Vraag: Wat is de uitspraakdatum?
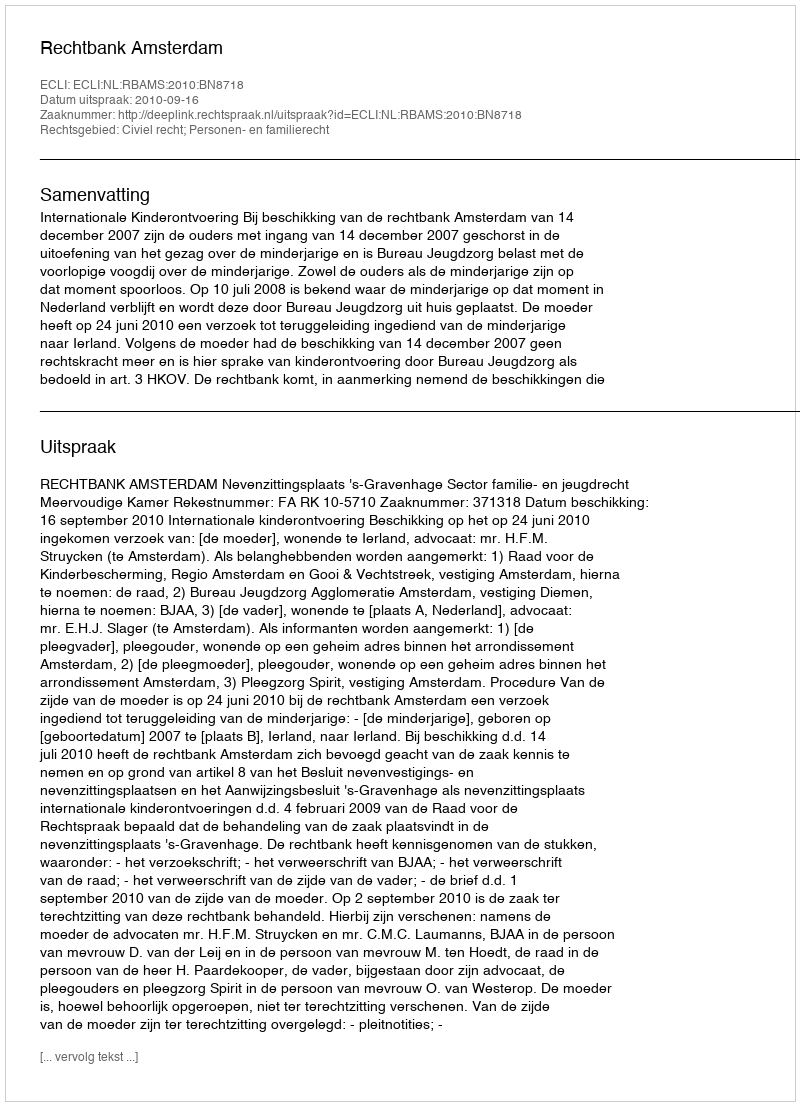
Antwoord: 2010-09-16